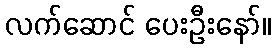
လက်ဆောင် ပေးဦးနော်။